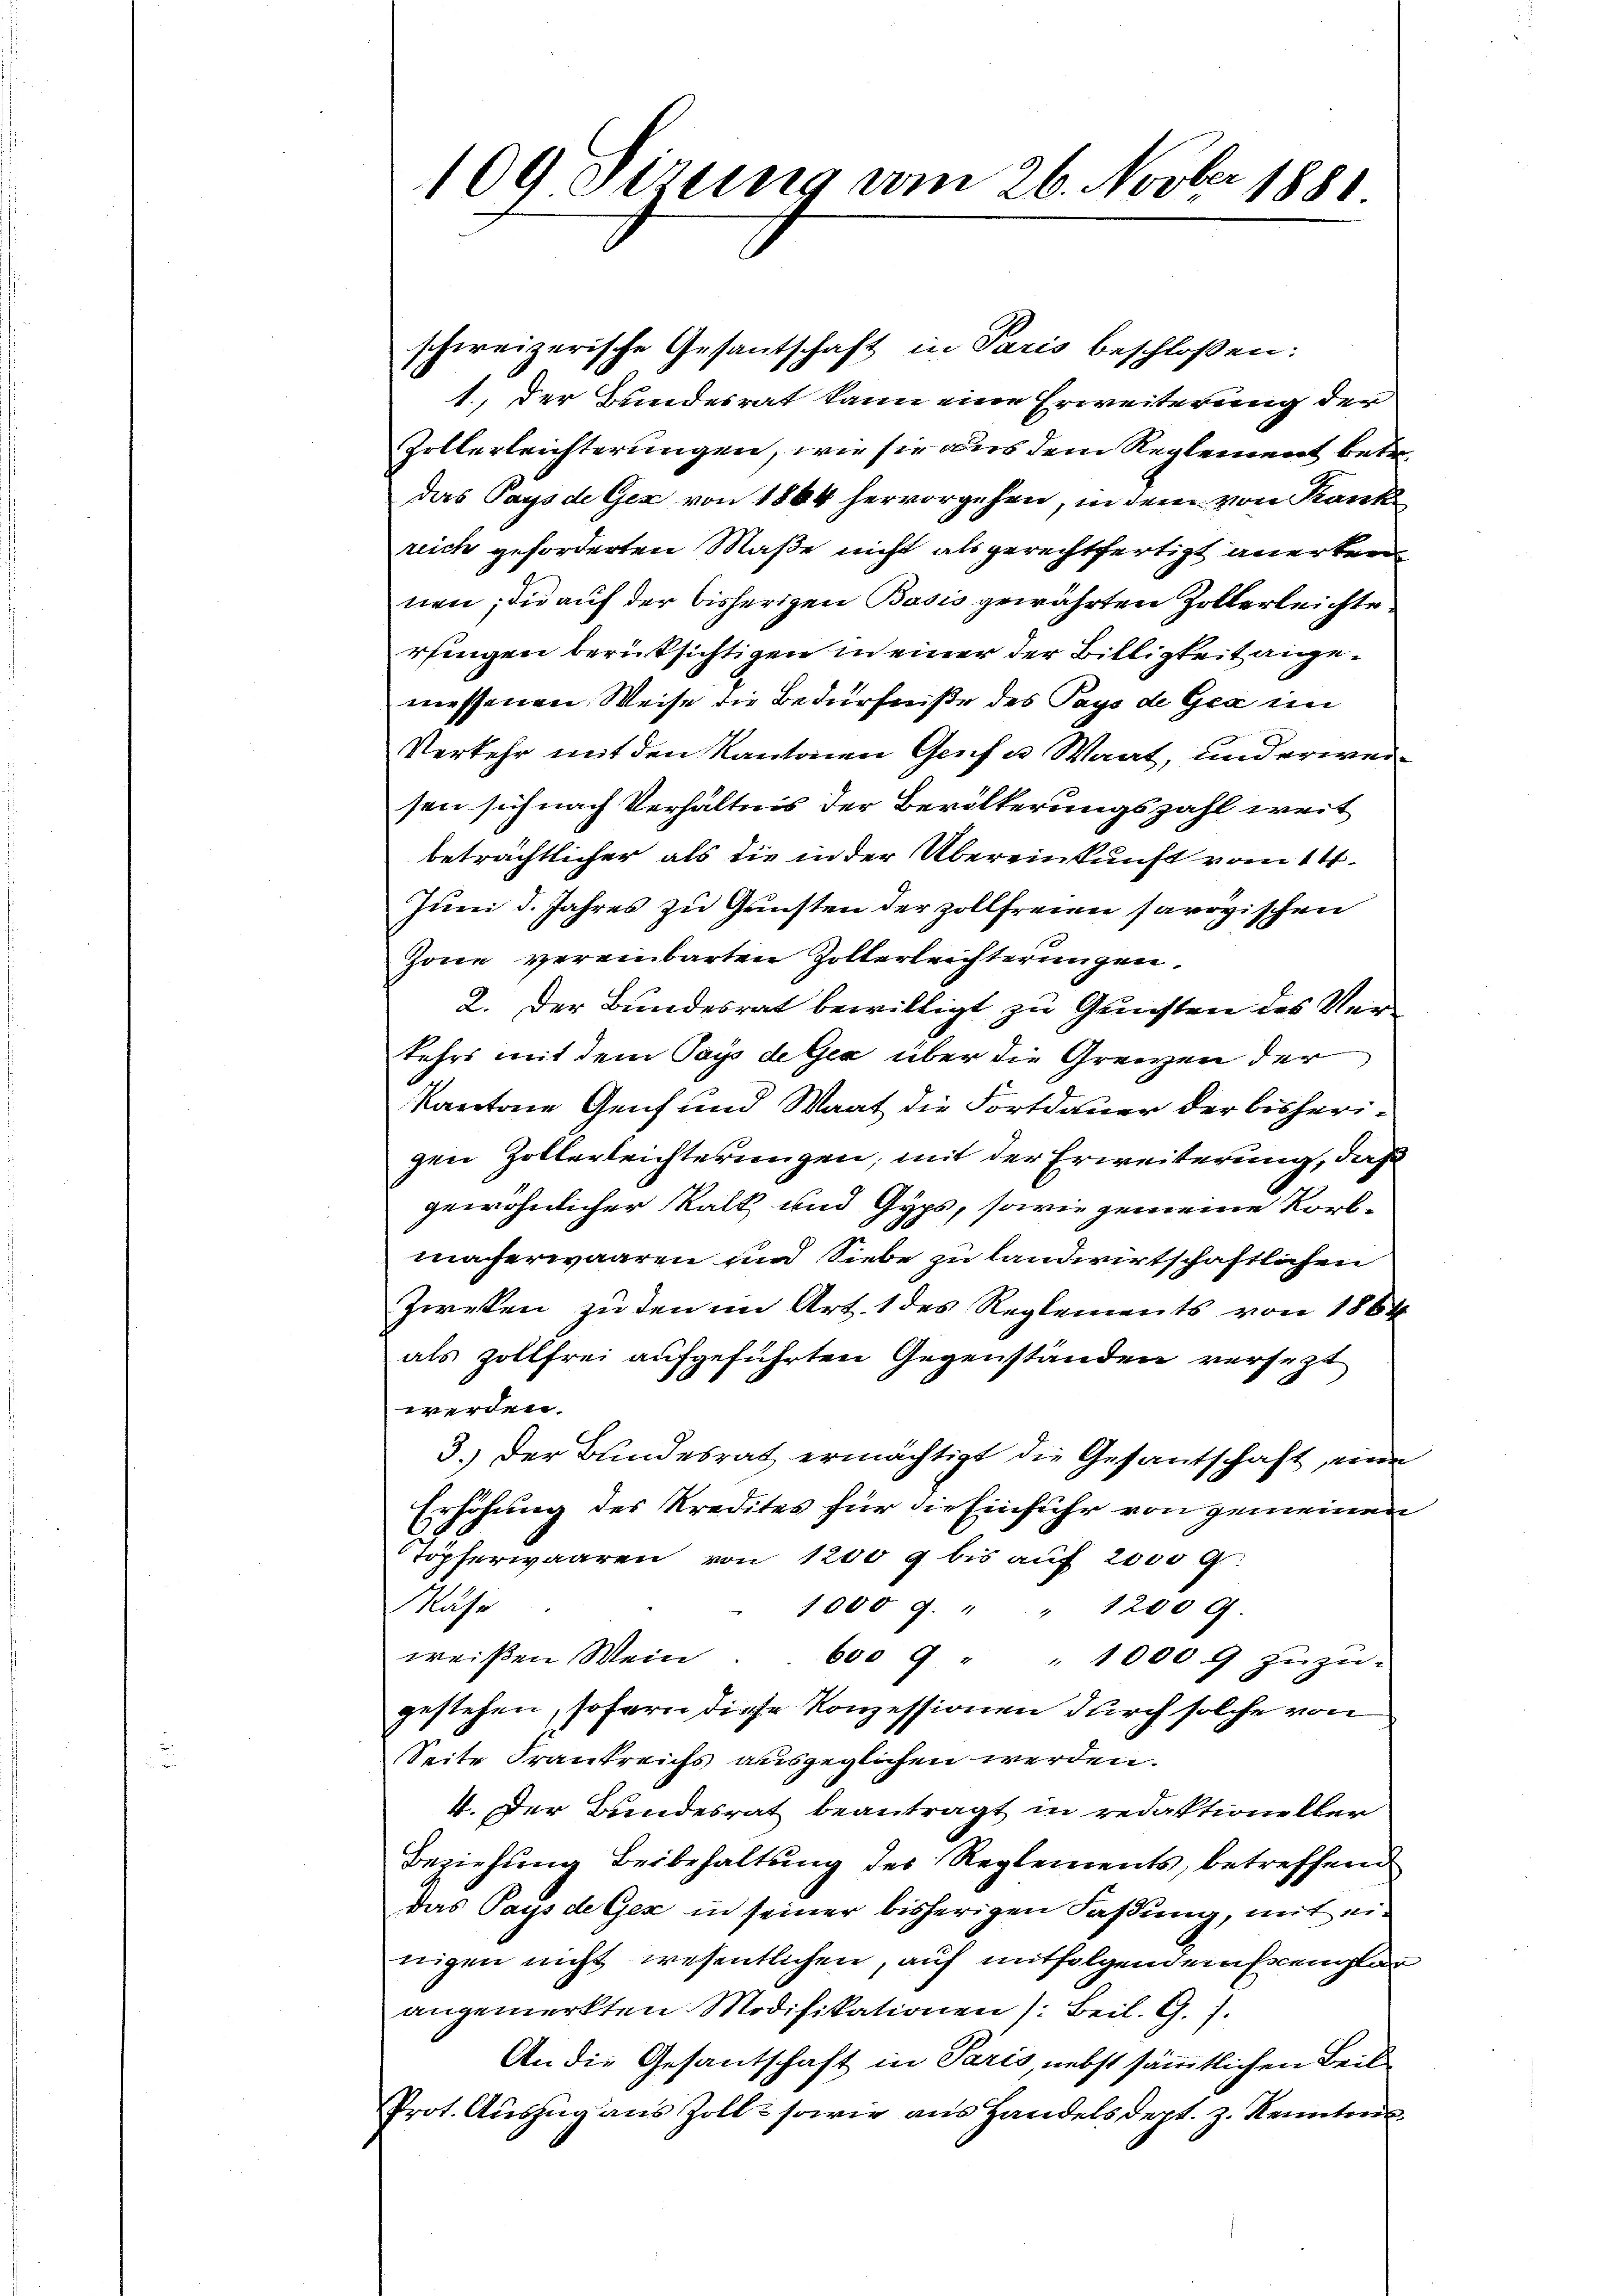
109 Sizung vom 26. Novber 1881

schweizerische Gesantschaft in Paris beschloßen:
1., der Bundesrat kann eine Erweiterung der
Zollerleichterungen, wie sie aus dem Reglement betr.
Das Pays de Gex von 1864 hervorgehen, in dem von Kank
reich geforderten Maße nicht als gerechtfertigt anerkennen; die auf der bisherigen Basis gewährten Zollerleichte
rfingen berüksichtigen in einer der Billigkeit angemessenen Weise die Bedürfniße des Pays de Gea im
Verkehr mit den Kantonen Genf u Waat, und erweisen sich nach Verhältnis der Bevölkerungszahl weit
beträchtlicher als die in der Übereinkunft vom 14.
Juni d. Jahres zu Gunsten der zollfreien savoyischen
Zone vereinbarten Zolterleichterungen.
2. Der Bundesrat bewilligt zu Gunsten des Verkehrs mit dem Pays de Gia über die Grenzen der
Kantone Genf und Saat die Fortdauer der bisherigen Zollerleichterungen, mit der Erweiterung, daß
gewöhnlicher Kalk und Gyps, sowie jemeine Korbmacherwaaren und Siebe zu landwirtschaftlichen
Zweken zu den im Art. 1 des Reglements von 1864
als Zollfrei aufgeführten Gegenständen versezt
werden.
3.) Der Bundesrat ermächtigt die Gesantschaft, eine
Erhöhung des Kredites für die Einfuhr von gemeinen
Töpferwaaren von 1200 g bis auf 2000 g
Masse
1000 . " " 1200 G
weiβen Wein. 600 9 " " 1000.9 zŭzŭ-
gestehen, sofern diese Konzessionen durch solche von
Seite Frankreichs ausgeglichen werden.
4. Der Bundesrat beantragt in redaktioneller
Beziehung Beibehaltung der Reglements, betreffend
Das Pays de Gex in seiner bisherigen Fassung, mit einigen nicht wesentlichen, auf mitfolgendensemplar
angemerkten Modifikationen (Beil. G. 7.
An die Gesantschaft in Paris, nebst sämmtlichen Beil
Prot. Auszug aus Zoll sowie aus Handels dept. z. Renten